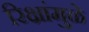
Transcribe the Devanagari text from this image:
रिक्षांमुळे